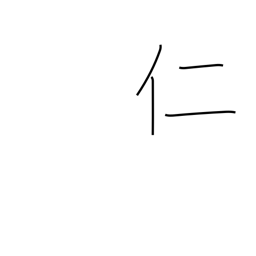
Meaning: man